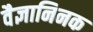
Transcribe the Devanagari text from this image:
वैज्ञानिनक